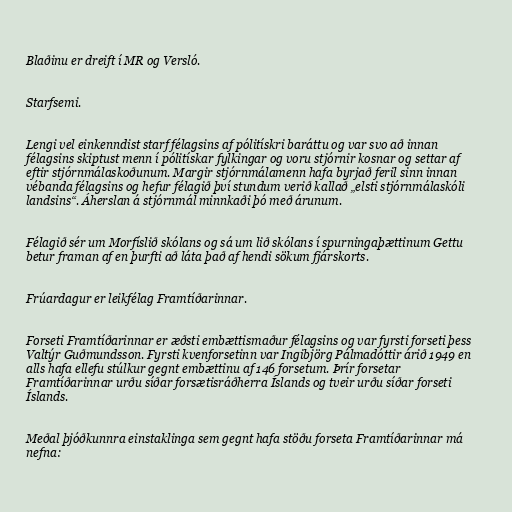
Blaðinu er dreift í MR og Versló.

Starfsemi.

Lengi vel einkenndist starf félagsins af pólitískri baráttu og var svo að innan
félagsins skiptust menn í pólitískar fylkingar og voru stjórnir kosnar og settar af
eftir stjórnmálaskoðunum. Margir stjórnmálamenn hafa byrjað feril sinn innan
vébanda félagsins og hefur félagið því stundum verið kallað „elsti stjórnmálaskóli
landsins“. Áherslan á stjórnmál minnkaði þó með árunum.

Félagið sér um Morfíslið skólans og sá um lið skólans í spurningaþættinum Gettu
betur framan af en þurfti að láta það af hendi sökum fjárskorts.

Frúardagur er leikfélag Framtíðarinnar.

Forseti Framtíðarinnar er æðsti embættismaður félagsins og var fyrsti forseti þess
Valtýr Guðmundsson. Fyrsti kvenforsetinn var Ingibjörg Pálmadóttir árið 1949 en
alls hafa ellefu stúlkur gegnt embættinu af 146 forsetum. Þrír forsetar
Framtíðarinnar urðu síðar forsætisráðherra Íslands og tveir urðu síðar forseti
Íslands.

Meðal þjóðkunnra einstaklinga sem gegnt hafa stöðu forseta Framtíðarinnar má
nefna: